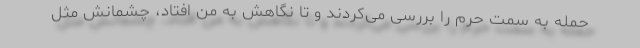
حمله به سمت حرم را بررسی می‌کردند و تا نگاهش به من افتاد، چشمانش مثل